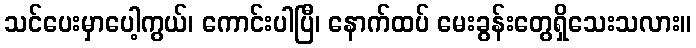
သင်ပေးမှာပေါ့ကွယ်၊ ကောင်းပါပြီ၊ နောက်ထပ် မေးခွန်းတွေရှိသေးသလား။